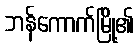
ဘန်ကောက်မြို့၏